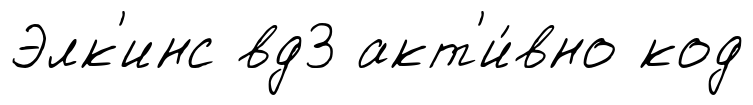
Элк'инс вд3 акт'и́вно код